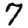
Digit: 7